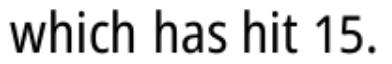
which has hit 15.